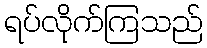
ရပ်လိုက်ကြသည်